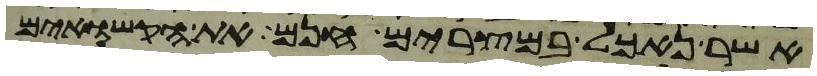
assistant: אשר נאכל במצרים חנם את הקשואים